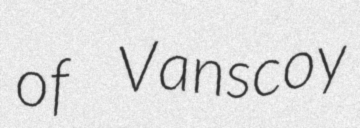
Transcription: of Vanscoy